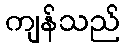
ကျန်သည်